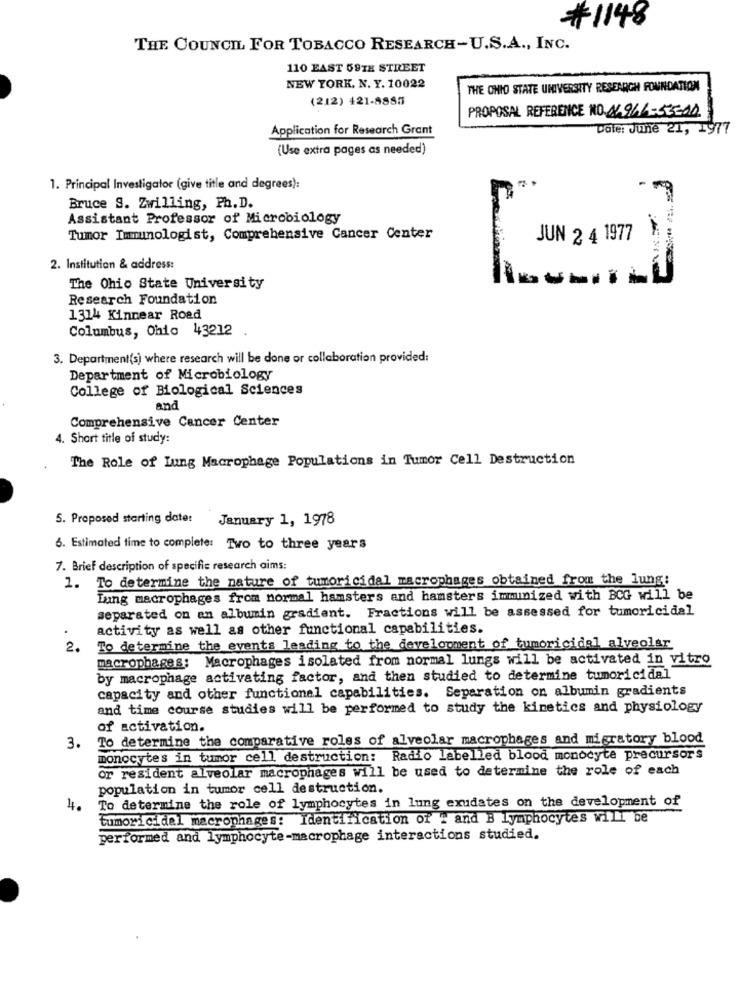
#1148
THE COUNCIL FOR TOBACCO RESEARCH-U.S.A ., INC.
110 EAST 69TH STREET
NEW YORK. N. Y. 10022
THE OHIO STATE UNIVERSITY RESEARCH FOUNDATION
(212) 421-8885
PROPOSAL REFERENCE NO. 41961-32200
Application for Research Grant
Date: June 21, 1977
(Use extra pages as needed)
1. Principal Investigator (give title and degrees):
Bruce S. Zwilling, Ph.D.
Assistant Professor of Microbiology
Tumor Immunologist, Comprehensive Cancer Center
JUN 2 4 1977
2. Institution & address:
The Ohio State University
Research Foundation
1314 Kinnear Road
Columbus, Ohio 43212
3. Department(s) where research will be done or collaboration provided:
Department of Microbiology
College of Biological Sciences
and
Comprehensive Cancer Center
4. Short title of study:
The Role of Lung Macrophage Populations in Tumor Cell Destruction
5. Proposed starting date: January 1, 1978
6. Estimated time to complete: Two to three years
7. Brief description of specific research aims:
1. To determine the nature of tumoricidal macrophages obtained from the lung:
Lung macrophages from normal hamsters and hamsters immunized with BCG will be
separated on an albumin gradient. Fractions will be assessed for tumoricidal
activity as well as other functional capabilities.
2.
To determine the events leading to the development of tumoricidal alveolar
macrophages: Macrophages isolated from normal lungs will be activated in vitro
by macrophage activating factor, and then studied to determine tumoricidal
capacity and other functional capabilities. Separation on albumin gradients
and time course studies will be performed to study the kinetics and physiology
of activation.
To determine the comparative roles of alveolar macrophages and migratory blood
3.
monocytes in tumor cell destruction: Radio labelled blood monocyte precursors
or resident alveolar macrophages will be used to determine the role of each
population in tumor cell destruction.
To determine the role of lymphocytes in lung exudates on the development of
4.
tumoricidel macrophages: Identification of # and B Lymphocytes will be
performed and lymphocyte-macrophage interactions studied.